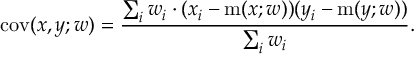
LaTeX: \operatorname { c o v } ( x , y ; w ) = { \frac { \sum _ { i } w _ { i } \cdot ( x _ { i } - \operatorname { m } ( x ; w ) ) ( y _ { i } - \operatorname { m } ( y ; w ) ) } { \sum _ { i } w _ { i } } } .